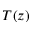
T ( z )